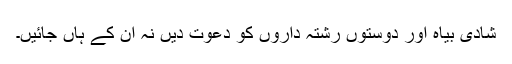
شادی بیاہ اور دوستوں رشتہ داروں کو دعوت دیں نہ ان کے ہاں جائیں۔